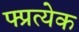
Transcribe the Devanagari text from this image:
फ्प्रत्येक